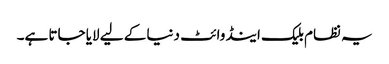
یہ نظام بلیک اینڈ وائٹ دنیا کے لیے لایا جاتا ہے۔